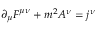
\partial _ { \mu } F ^ { \mu \nu } + m ^ { 2 } A ^ { \nu } = j ^ { \nu }